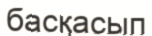
басқасып